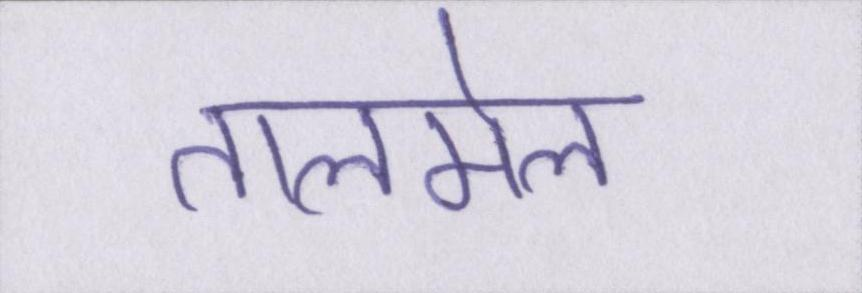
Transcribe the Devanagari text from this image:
तालमेल